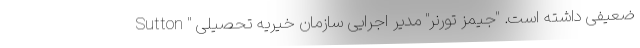
ضعیفی داشته است. "جیمز تورنر" مدیر اجرایی سازمان خیریه تحصیلی " Sutton